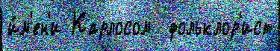
и́м'ен'и Карлосом  фольклор'ист